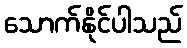
သောက်နိုင်ပါသည်